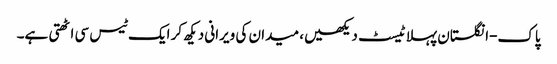
پاک-انگلستان پہلا ٹیسٹ دیکھیں، میدان کی ویرانی دیکھ کر ایک ٹیس سی اٹھتی ہے۔